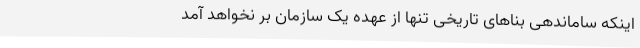
اینکه ساماندهی بناهای تاریخی تنها از عهده یک سازمان بر نخواهد آمد